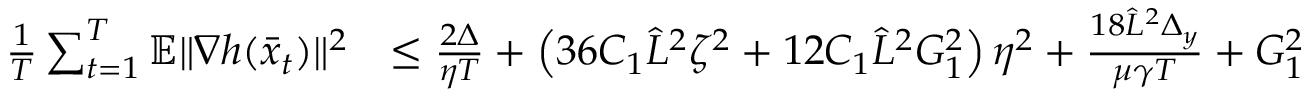
\begin{array} { r l } { \frac { 1 } { T } \sum _ { t = 1 } ^ { T } \mathbb { E } \| \nabla h ( \bar { x } _ { t } ) \| ^ { 2 } } & { \leq \frac { 2 \Delta } { \eta T } + \left( 3 6 C _ { 1 } \hat { L } ^ { 2 } \zeta ^ { 2 } + 1 2 C _ { 1 } \hat { L } ^ { 2 } G _ { 1 } ^ { 2 } \right) \eta ^ { 2 } + \frac { 1 8 \hat { L } ^ { 2 } \Delta _ { y } } { \mu \gamma T } + G _ { 1 } ^ { 2 } } \end{array}